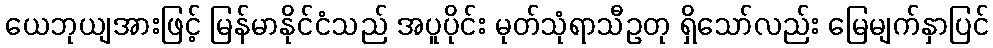
ယေဘုယျအားဖြင့် မြန်မာနိုင်ငံသည် အပူပိုင်း မုတ်သုံရာသီဥတု ရှိသော်လည်း မြေမျက်နှာပြင်